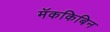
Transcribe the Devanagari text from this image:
मॅककिबिन